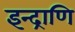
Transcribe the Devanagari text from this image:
इन्द्राणि